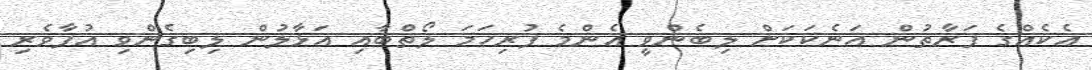
އެކެއްގެ ފަރާތުން އަނެކަކަށް ލިބެންވީ އެންމެ ފުރިހަމަ ލޯތްބާއި އަޅާލުން ލިބިގެންވި އުފާވެރި